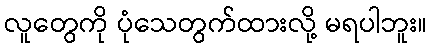
လူတွေကို ပုံသေတွက်ထားလို့ မရပါဘူး။